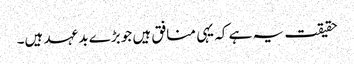
حقیقت یہ ہے کہ یہی منافق ہیں جو بڑے بد عہد ہیں۔